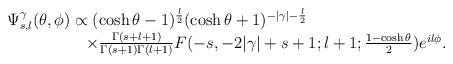
LaTeX: \begin{align*}\begin{array}{l}\Psi^{\gamma}_{s,l}(\theta,\phi)\propto(\cosh\theta-1)^{\frac{l}{2}}(\cosh\theta+1)^{-|\gamma|-\frac{l}{2}}\\*\hspace{2cm}\times\frac{\Gamma(s+l+1)}{\Gamma(s+1)\Gamma(l+1)}F(-s,-2|\gamma|+s+1;l+1;\frac{1-\cosh\theta}{2})e^{il\phi}.\end{array}\end{align*}